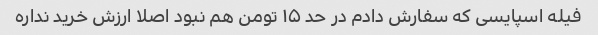
فیله اسپایسی که سفارش دادم در حد ۱۵ تومن هم نبود اصلا ارزش خرید نداره